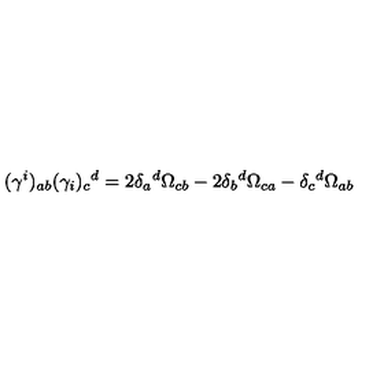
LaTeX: ( \gamma ^ { i } ) _ { a b } ( \gamma _ { i } ) _ { c } { } ^ { d } = 2 \delta _ { a } { } ^ { d } \Omega _ { c b } - 2 \delta _ { b } { } ^ { d } \Omega _ { c a } - \delta _ { c } { } ^ { d } \Omega _ { a b }